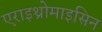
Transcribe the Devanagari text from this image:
एराइथ्रोमाइसिन